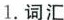
1.词汇